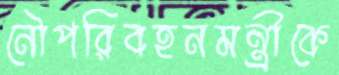
নৌপরিবহনমন্ত্রীকে